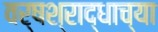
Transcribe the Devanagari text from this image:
वर्षश्राद्धाच्या